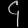
Digit: ၄